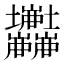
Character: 𡔘